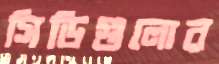
সিডিগুলোর